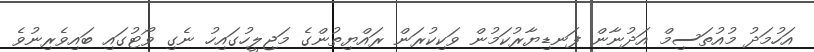
އަހުމަދު މުއުތަސިމް އަދުނާން ފަނޑިޔާރުކަމުން ވަކިކުރަން ރައްޔިތުންގެ މަޖިލީހުގައިހު ނެގި ވޯޓުގައި ބައިވެރިނުވެ